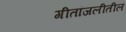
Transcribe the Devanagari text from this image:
गीतांजलीतील